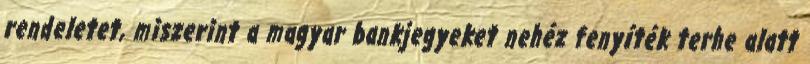
rendeletet, miszerint a magyar bankjegyeket nehéz fenyíték terhe alatt